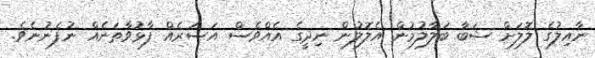
ނާއިލުގެ ލޮލަށް ޝަބާ ބަލާލުމުން އެލޮލުން ނިދީގެ އެއްވެސް އަސަރެއް ފާޅުވާތަނެއް ނުފެނުނެވެ.